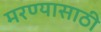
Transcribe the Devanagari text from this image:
मरण्यासाठी